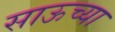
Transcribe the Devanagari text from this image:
साऊच्या